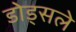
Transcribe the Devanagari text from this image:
डोड्सले